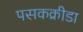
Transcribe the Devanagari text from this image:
पसकक्रीडा